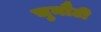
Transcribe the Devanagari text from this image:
चुनौटी